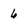
Character: 6